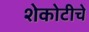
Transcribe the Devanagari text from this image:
शेकोटीचे